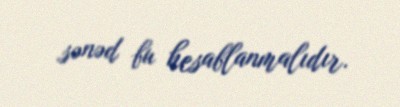
sənəd bu hesablanmalıdır.